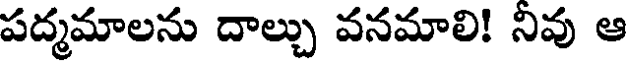
పద్మమాలను దాల్చు వనమాలి! నివు ఆ